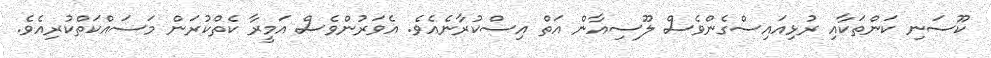
ކޫސަނި ކަންތަކާއި ރުޅިއައިސްގެންވެސް ލޫސިއާން އަތް އިސްކުރާނެއެވެ. އެވަރުންވެސް އަމީރާ ކެތްކުރަން މަސައްކަތްކުރިއެވެ.